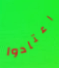
اعتادوا